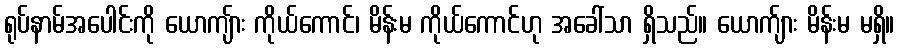
ရုပ်နာမ်အပေါင်းကို ယောကျ်ား ကိုယ်ကောင်၊ မိန်းမ ကိုယ်ကောင်ဟု အခေါ်သာ ရှိသည်။ ယောက်ျား မိန်းမ မရှိ။